Document type: Enfranchisement
Year: 1297
Scribe: Jaume de Trilla
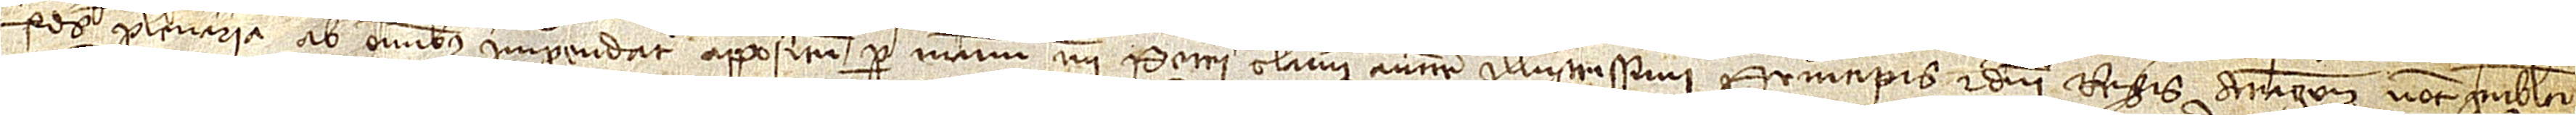
fides plenaria ab omnibus impendatur, appositum per manum mei Petri Oliverii, auctoritate illustrissimi principis et domini regis Aragonum notarii publici